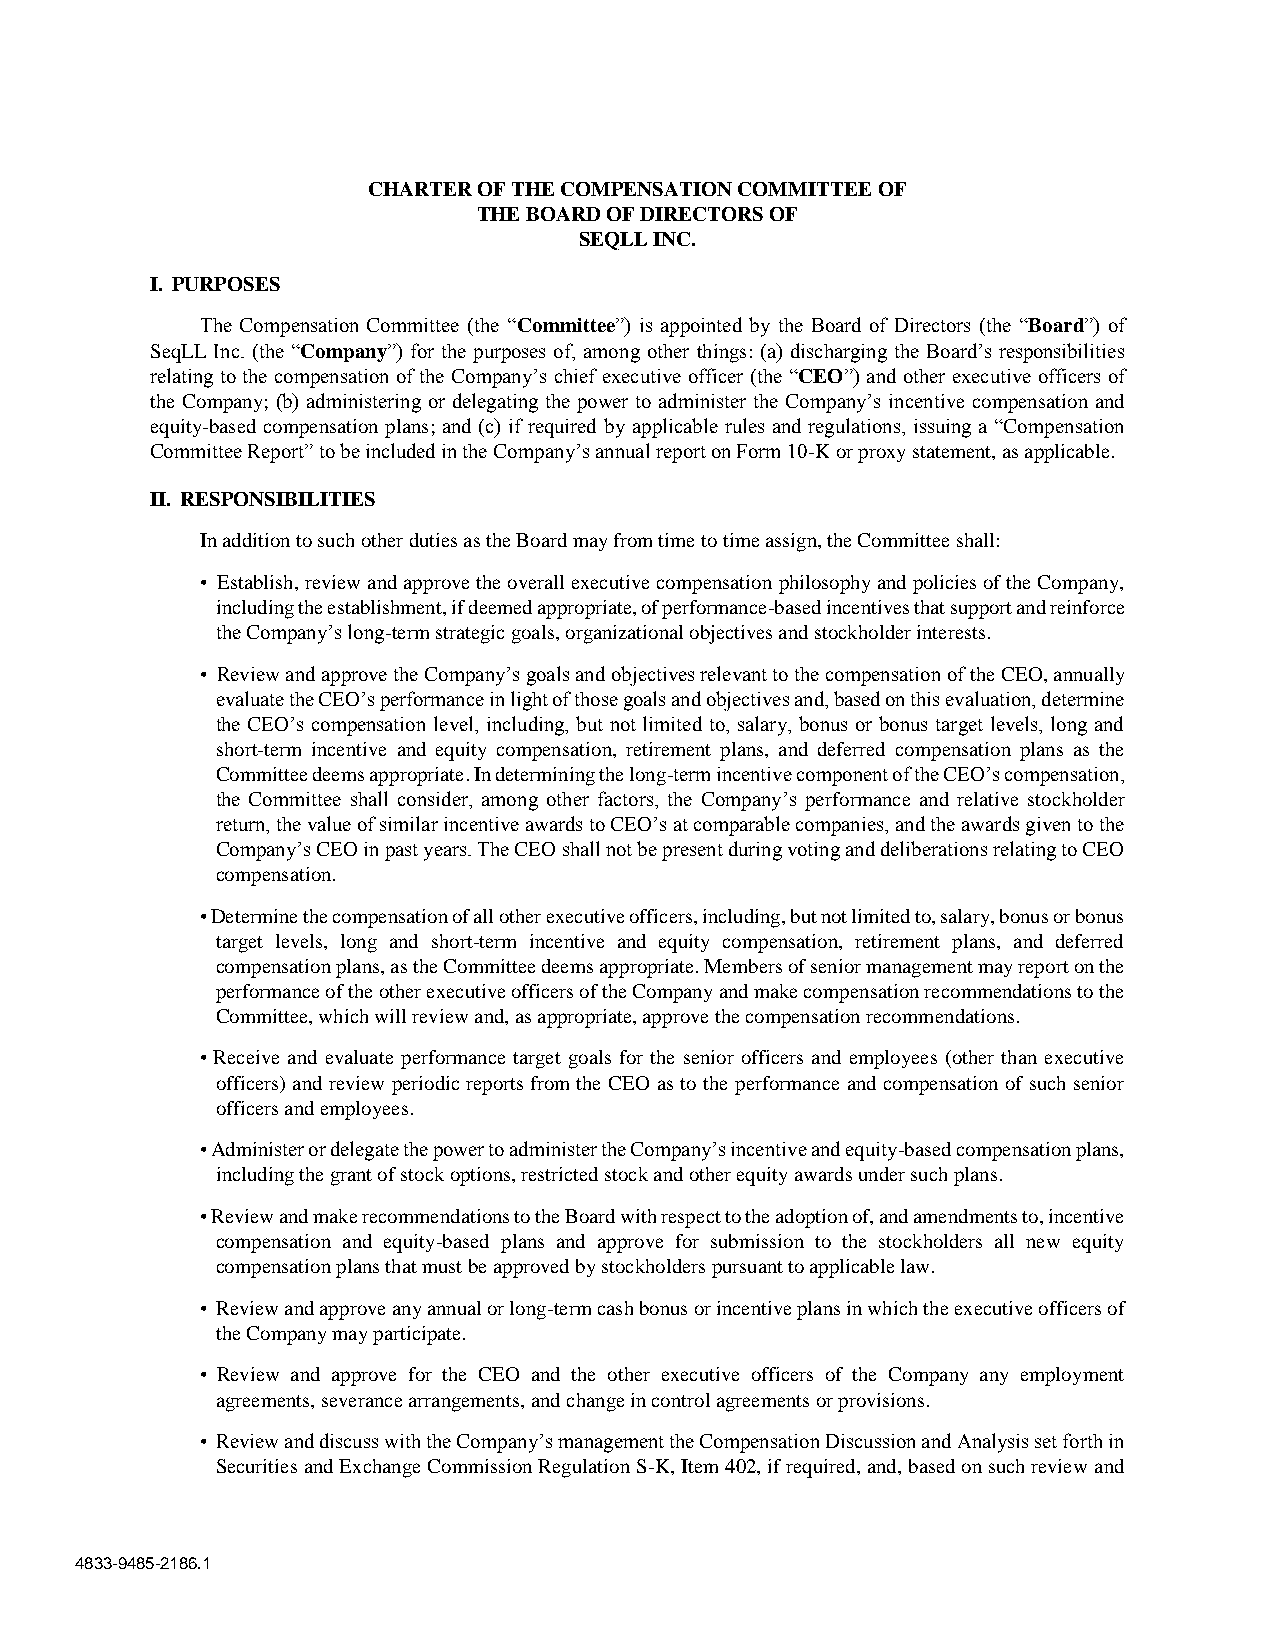
CHARTER OF THE COMPENSATION COMMITTEE OF
 THE BOARD OF DIRECTORS OF
 SEQLL INC.
 I. PURPOSES
 The Compensation Committee (the “Committee”) is appointed by the Board of Directors (the “Board”) of
 SeqLL Inc. (the “Company”) for the purposes of, among other things: (a) discharging the Board’s responsibilities
 relating to the compensation of the Company’s chief executive officer (the “CEO”) and other executive officers of
 the Company; (b) administering or delegating the power to administer the Company’s incentive compensation and
 equity-based compensation plans; and (c) if required by applicable rules and regulations, issuing a “Compensation
 Committee Report” to be included in the Company’s annual report on Form 10-K or proxy statement, as applicable.
 II. RESPONSIBILITIES
 In addition to such other duties as the Board may from time to time assign, the Committee shall:
 • Establish, review and approve the overall executive compensation philosophy and policies of the Company,
 including the establishment, if deemed appropriate, of performance-based incentives that support and reinforce
 the Company’s long-term strategic goals, organizational objectives and stockholder interests.
 • Review and approve the Company’s goals and objectives relevant to the compensation of the CEO, annually
 evaluate the CEO’s performance in light of those goals and objectives and, based on this evaluation, determine
 the CEO’s compensation level, including, but not limited to, salary, bonus or bonus target levels, long and
 short-term incentive and equity compensation, retirement plans, and deferred compensation plans as the
 Committee deems appropriate. In determining the long-term incentive component of the CEO’s compensation,
 the Committee shall consider, among other factors, the Company’s performance and relative stockholder
 return, the value of similar incentive awards to CEO’s at comparable companies, and the awards given to the
 Company’s CEO in past years. The CEO shall not be present during voting and deliberations relating to CEO
 compensation.
 • Determine the compensation of all other executive officers, including, but not limited to, salary, bonus or bonus
 target levels, long and short-term incentive and equity compensation, retirement plans, and deferred
 compensation plans, as the Committee deems appropriate. Members of senior management may report on the
 performance of the other executive officers of the Company and make compensation recommendations to the
 Committee, which will review and, as appropriate, approve the compensation recommendations.
 • Receive and evaluate performance target goals for the senior officers and employees (other than executive
 officers) and review periodic reports from the CEO as to the performance and compensation of such senior
 officers and employees.
 • Administer or delegate the power to administer the Company’s incentive and equity-based compensation plans,
 including the grant of stock options, restricted stock and other equity awards under such plans.
 • Review and make recommendations to the Board with respect to the adoption of, and amendments to, incentive
 compensation and equity-based plans and approve for submission to the stockholders all new equity
 compensation plans that must be approved by stockholders pursuant to applicable law.
 • Review and approve any annual or long-term cash bonus or incentive plans in which the executive officers of
 the Company may participate.
 • Review and approve for the CEO and the other executive officers of the Company any employment
 agreements, severance arrangements, and change in control agreements or provisions.
 • Review and discuss with the Company’s management the Compensation Discussion and Analysis set forth in
 Securities and Exchange Commission Regulation S-K, Item 402, if required, and, based on such review and
 4833-9485-2186.1